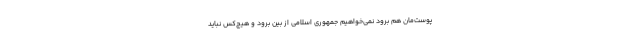
پوست‌مان هم برود نمی‌خواهیم جمهوری اسلامی از بین برود و هیچ‌کس نباید